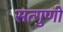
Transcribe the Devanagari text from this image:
सत्गुणों